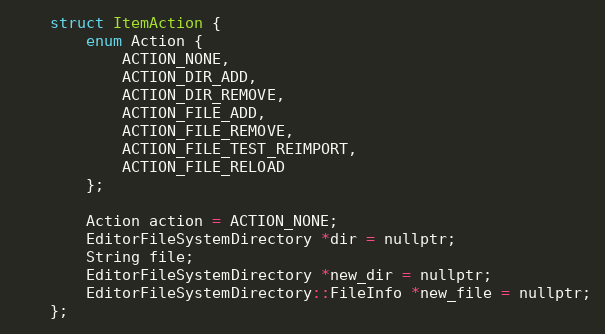
Language: C
	struct ItemAction {
		enum Action {
			ACTION_NONE,
			ACTION_DIR_ADD,
			ACTION_DIR_REMOVE,
			ACTION_FILE_ADD,
			ACTION_FILE_REMOVE,
			ACTION_FILE_TEST_REIMPORT,
			ACTION_FILE_RELOAD
		};

		Action action = ACTION_NONE;
		EditorFileSystemDirectory *dir = nullptr;
		String file;
		EditorFileSystemDirectory *new_dir = nullptr;
		EditorFileSystemDirectory::FileInfo *new_file = nullptr;
	};